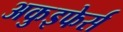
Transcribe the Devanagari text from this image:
अकुइफेर्स